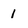
Character: 1